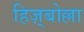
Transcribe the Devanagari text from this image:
हिज़्बोल्ला